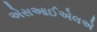
એસઆઈએલએ